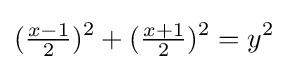
({\tfrac {x-1}{2}})^{2}+({\tfrac {x+1}{2}})^{2}=y^{2}